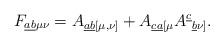
LaTeX: \begin{align*}{F_{\underline{ab}\mu\nu}}={A_{\underline{ab} [\mu,\nu]}}+{A_{\underline{ca} [\mu}A^{\underline{c}}{}_{\underline{b}\nu]}}.\end{align*}